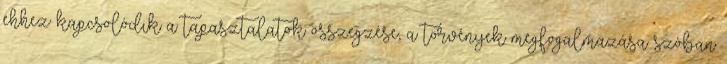
ehhez kapcsolódik a tapasztalatok összegzése, a törvények megfogalmazása szóban